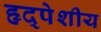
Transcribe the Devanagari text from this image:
हृद्पेशीय